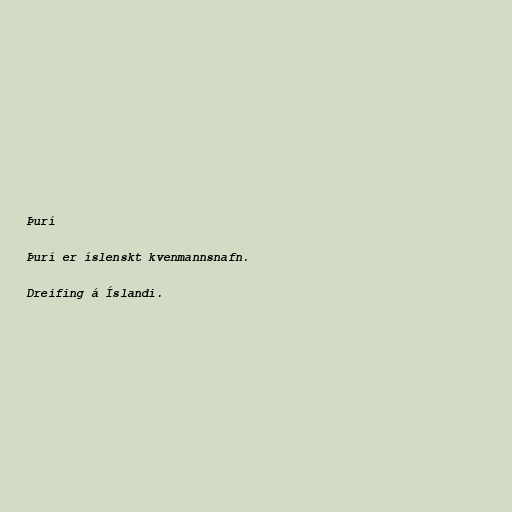
Þurí

Þurí er íslenskt kvenmannsnafn.

Dreifing á Íslandi.